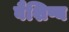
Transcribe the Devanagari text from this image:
वैशिष्य